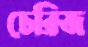
চেরিজ